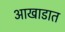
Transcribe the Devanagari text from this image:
आखाडात